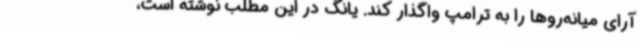
آرای میانه‌روها را به ترامپ واگذار کند. یانگ در این مطلب نوشته است،